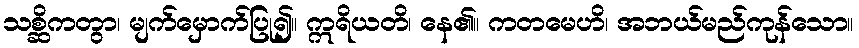
သစ္ဆိကတွာ၊ မျက်မှောက်ပြု၍။ ဣရိယတိ၊ နေ၏။ ကတမေဟိ၊ အဘယ်မည်ကုန်သော။